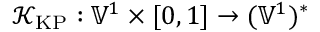
\mathcal { K } _ { \mathrm { K P } } : \mathbb { V } ^ { 1 } \times [ 0 , 1 ] \to ( \mathbb { V } ^ { 1 } ) ^ { * }